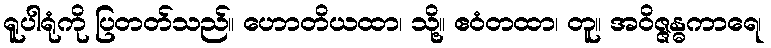
ရူပါရုံကို ပြတတ်သည်။ ဟောတိယထာ၊ သို့။ ဧဝံတထာ၊ တူ။ အဝိဇ္ဇန္ဓကာရေ၊